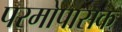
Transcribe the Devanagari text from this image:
परमोपासक